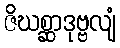
ဇိဃစ္ဆာဒုဗ္ဗလျံ